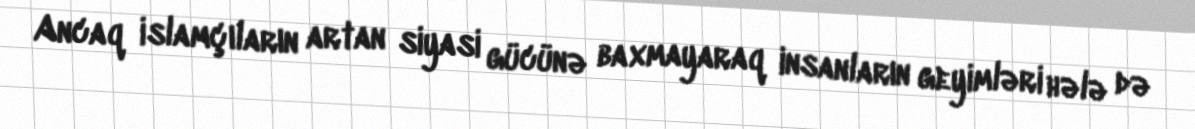
Ancaq islamçıların artan siyasi gücünə baxmayaraq insanların geyimləri hələ də